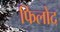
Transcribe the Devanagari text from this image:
फिलोद